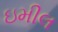
ઇમીલ